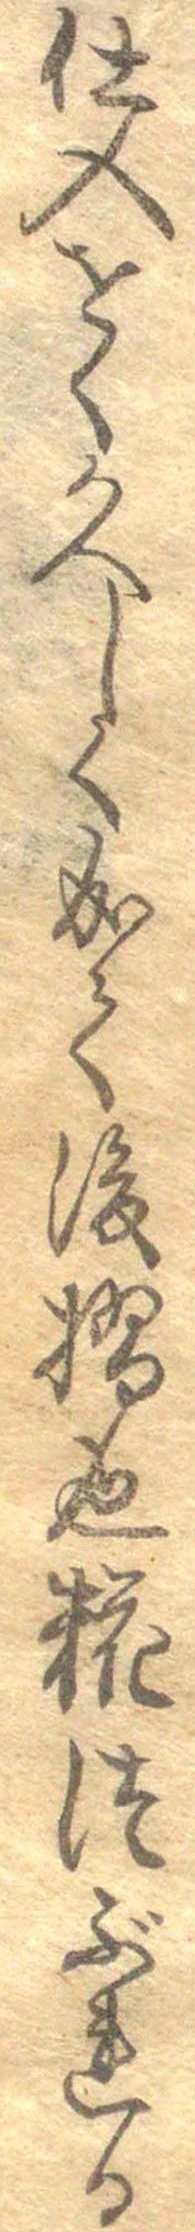
仕入をく久しく成て後摺也糀つぶれる